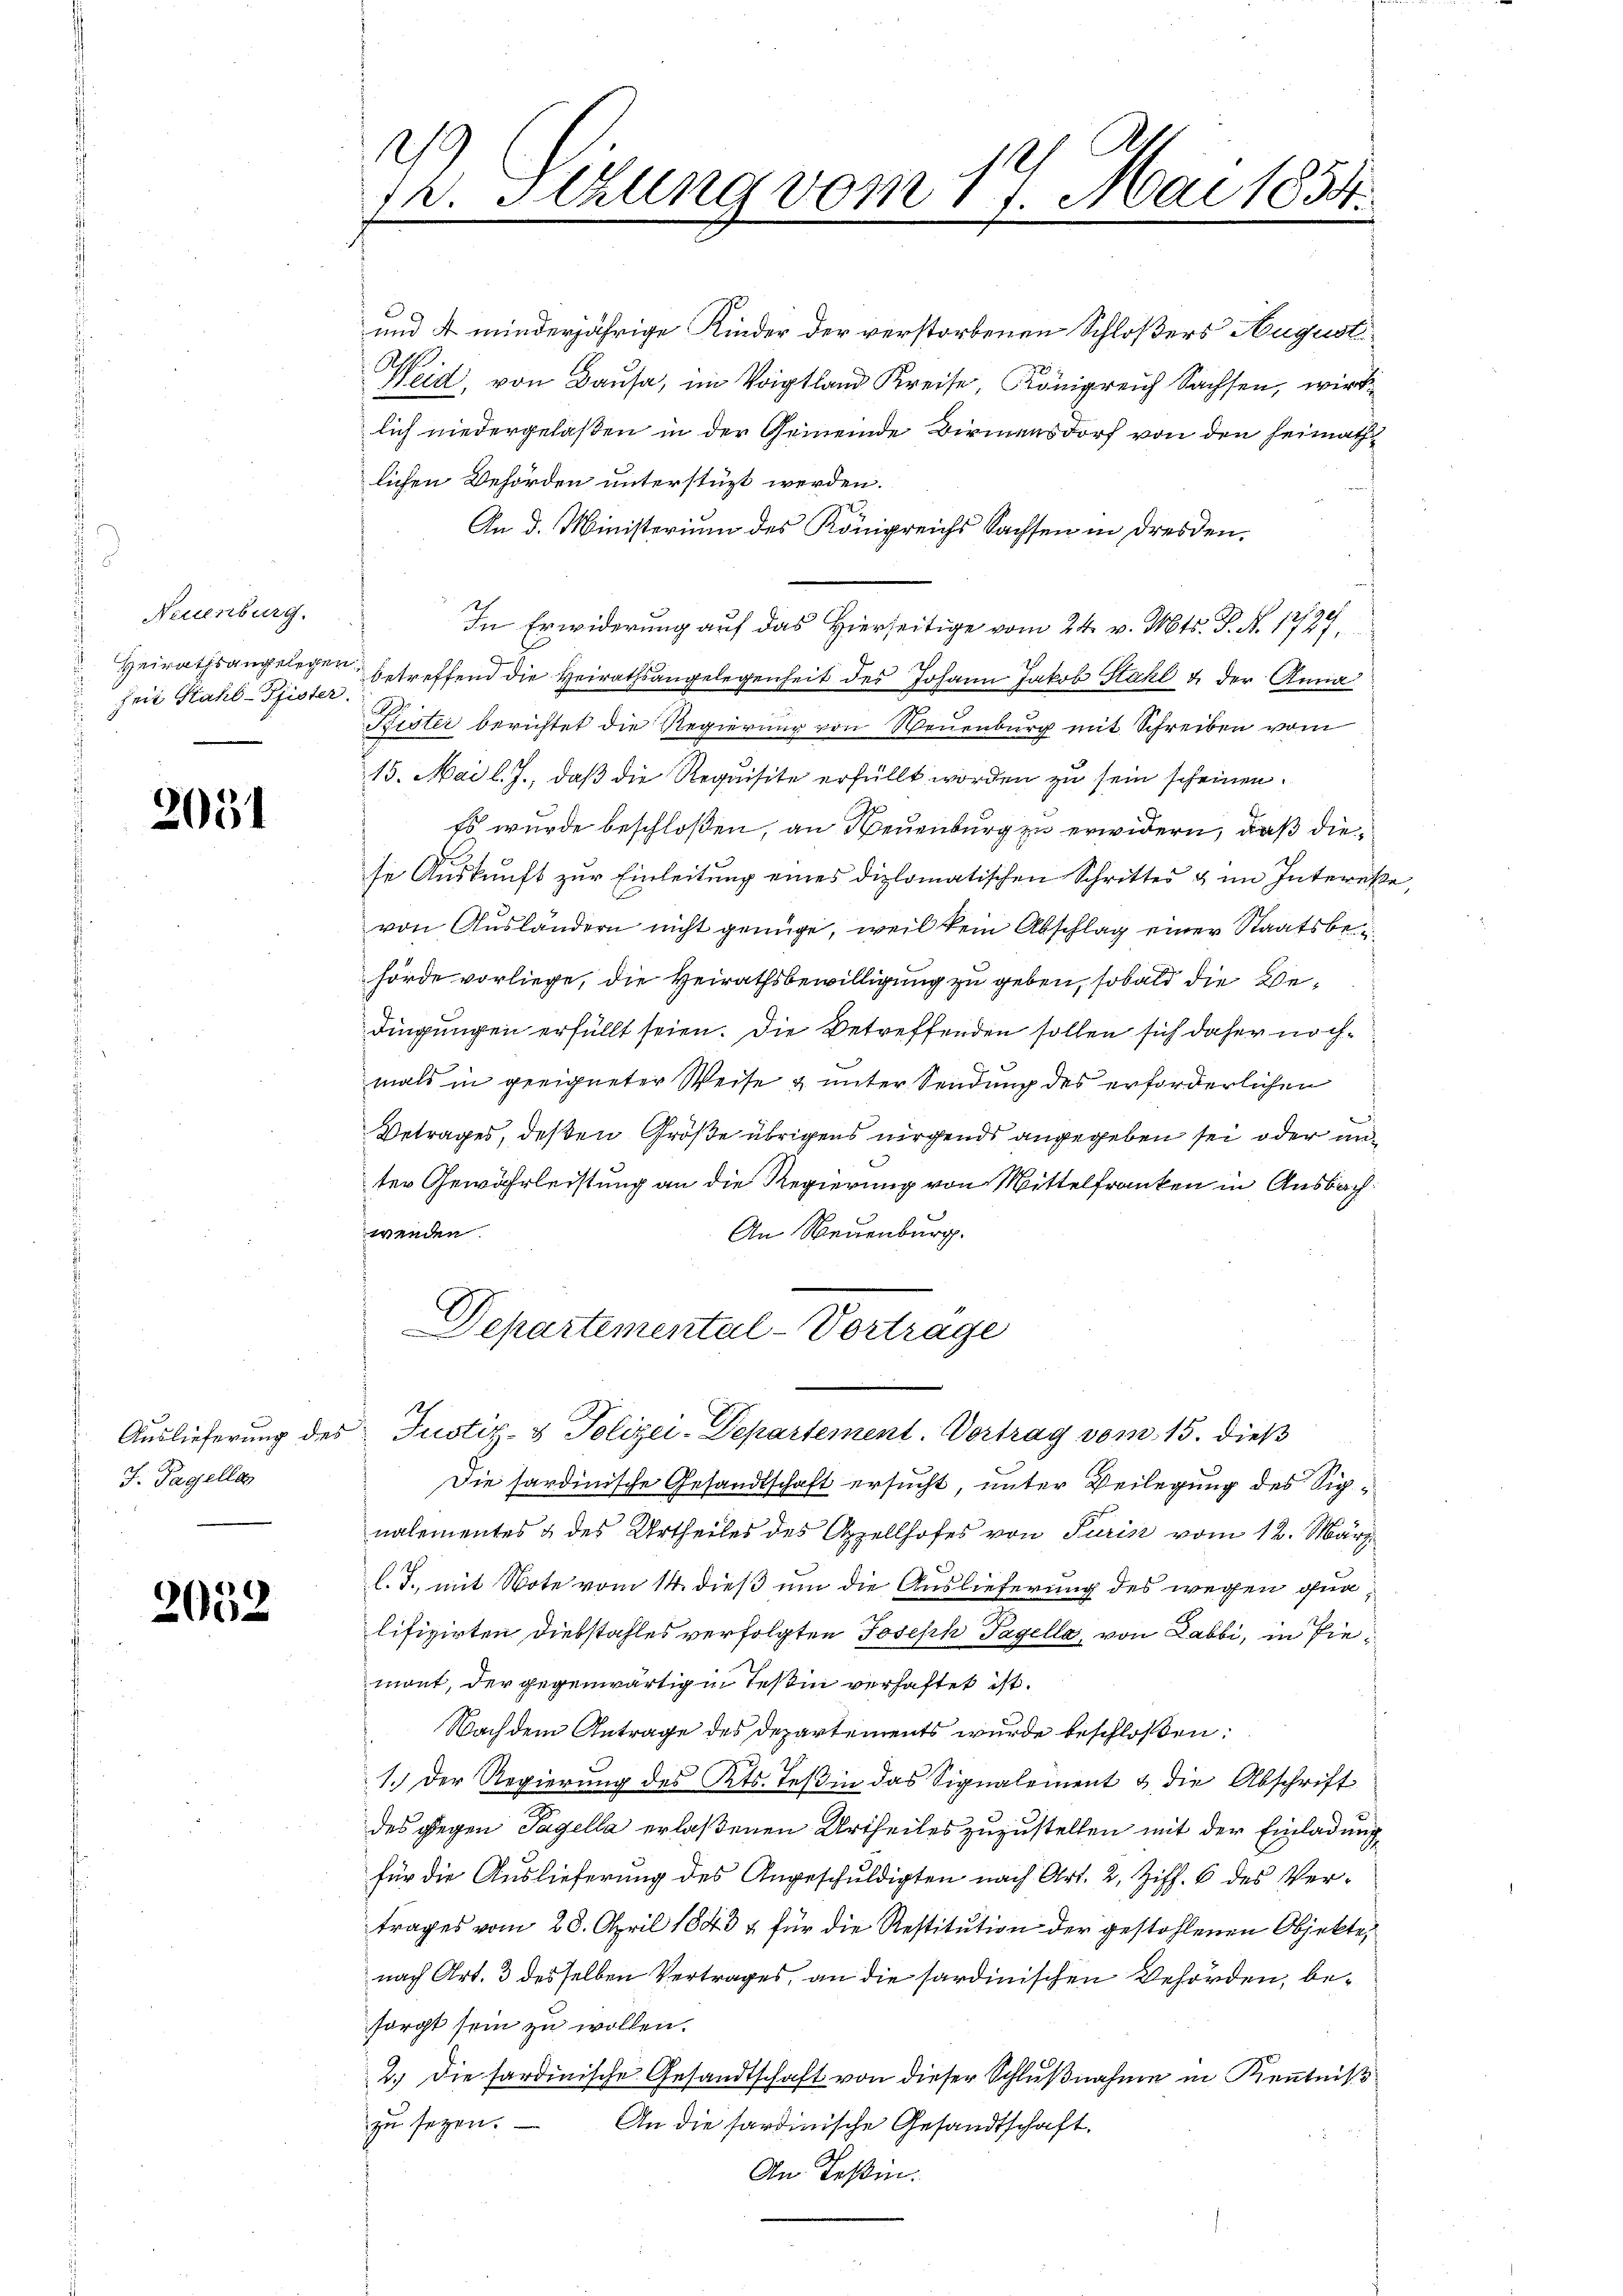
Neuenburg.
d
Heirathsangelegen
i
heit Kahl-Pfister

2051

Auslieferung des
J. Tagellos

2052

.
lichen Behörden unterstüzt werden.

S
fr. Stzung vom 17. Mai 1834.

lich niedergelaßen in der Gemeinde Birmensdorf von den Heimath
An d. Ministerium des Königreichs Sachsen in dreiden.
In Erwiderung auf das Hierseitige vom 24. v. Mts. S. N. 1739
betreffend die Heirathsangelegenheit des Johann Jakob Stahl u. der Anna
Kister berichtet die Regierung von Neuenburg mit Schreiben vom
15. Mai l. J., daß die Requisite erfüllt worden zu sein scheinen.
Es wurde beschloßen, an Neuenburg zu erwidern, daß diese Auskunft zur Einleitung eines diplomatischen Schrittes & im Interesvon Ausländern nicht genüge, weil kein Abschlag einer Staatsbehörde vorliege, die Heirathsbewilligung zu geben, sobald die Bedingungen erfüllt seien. Die Betreffenden sollen sich daher nöchmals in geeigneter Weise & unter Sendung des erforderlichen
Betrages, deßen Größe übrigens nirgends angegeben sei oder unter Gewährleistung an die Regierung von Mittelfranken in Ausbachwenden.
An Neuenburg.
G
epartemental-Vortrage
Justiz- & Polizei-Departement. Vortrag vom 15. dieß
Die sardinische Gesandtschaft ersucht, unter Verlegung des Signalementes & des Urtheiles des Appellhofes von Turin vom 12. März
l. T., mit Note vom 14. dieß um die Auslieferung des wegen ona
lifizirten Diebstahles verfolgten Joseph Tagella, von Labbi, in Piemont, der gegenwärtig in Tessin verhaftet ist.
Nach dem Antrage des Departements wurde beschloßen:
1.) Der Regierung des Kts. Teßin das Signalement & die Abschrift
des gegen Tagella erlaßenen Urtheiles zuzustellen mit der Einladung
für die Auslieferung des Angeschuldigten nach Art. 2, Ziff. 6 des Vertrages vom 28. April 1843 & für die Restitution der gestohlenen Objekte,
nach Art. 3 desselben Vertrages, an die sardinischen Behörden, besorgt sein zu wollen.
2.) Die sardinische Gesandtschaft von dieser Schlußnahme in Kenntniß
zu seyen.
An die sardinische Gesandtschaft.
An Teßin.

und 4 minderjährige Kinder der verstorbenen Schloßers August.
Weid, von Bausa, im Voigtland Kreise, Königreich Sachsen, wird

e